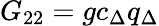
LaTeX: G_{22}=gc_{\Delta}q_{\Delta}